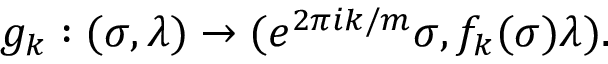
g _ { k } : ( \sigma , \lambda ) \rightarrow ( e ^ { 2 \pi i k / m } \sigma , f _ { k } ( \sigma ) \lambda ) .